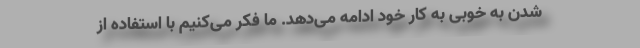
شدن به خوبی به کار خود ادامه می‌دهد. ما فکر می‌کنیم با استفاده از